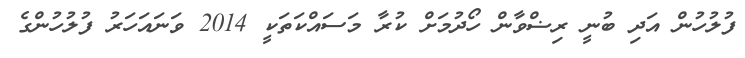
ފުލުހުން އަދި ބުނީ ރިޟްވާން ހޯދުމަށް ކުރާ މަސައްކަތަކީ 2014 ވަނައަހަރު ފުލުހުންގެ